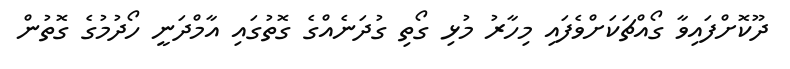
ދޫކޮށްފައިވާ ގޯއްޗަކަށްވެފައި މިހާރު މުޅި ގޯތި ގުދަނެއްގެ ގޮތުގައި އާމްދަނީ ހޯދުމުގެ ގޮތުން